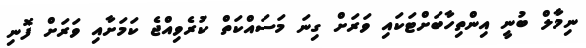
ނިމާލް ބުނީ އިންތިހާބަށްޓަކައި ވަރަށް ގިނަ މަސައްކަތް ކުރެވިއްޖެ ކަމަށާއި ވަރަށް ފޮނި